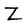
Character: Z